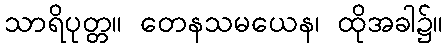
သာရိပုတ္တ။ တေနသမယေန၊ ထိုအခါ၌။